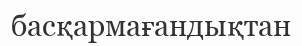
басқармағандықтан